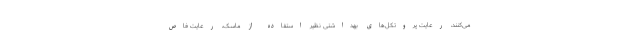
می‌کنند، رعایت پروتکل‌های بهداشتی نظیر استفاده از ماسک، رعایت فاص